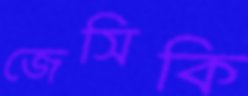
জেসিকি